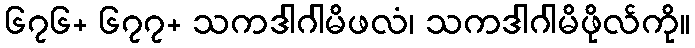
၆၇၆+ ၆၇၇+ သကဒါဂါမိဖလံ၊ သကဒါဂါမိဖိုလ်ကို။